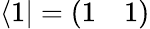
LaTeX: \langle 1|=\left(\begin{array}{ll}{1}&{1}\end{array}\right)